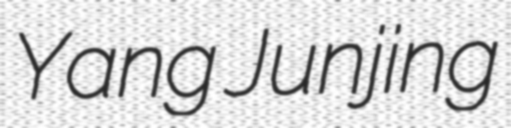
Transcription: Yang Junjing